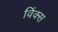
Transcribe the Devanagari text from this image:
विंक्स